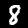
Digit: 8